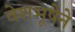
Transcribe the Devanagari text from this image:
वेशभूषेने